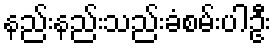
နည်းနည်းသည်းခံစမ်းပါဦး